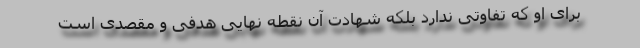
برای او که تفاوتی ندارد بلکه شهادت آن نقطه نهایی هدفی و مقصدی است